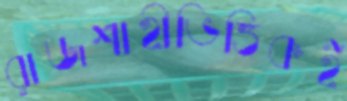
রাজশাহীভিত্তিকই